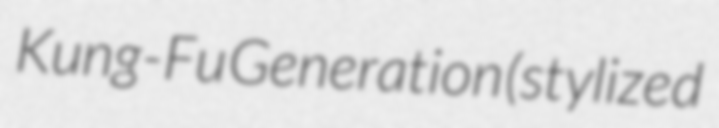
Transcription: Kung-Fu Generation (stylized